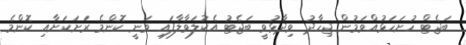
ބަޖެޓް ހުށަހަޅުއްވަމުން ޖިހާދު ވިދާޅުވީ ބަޖެޓު އެކުލަވާލާފައި ވަނީ ކޮންމެ ރަށަކަށާއި ކޮންމެ